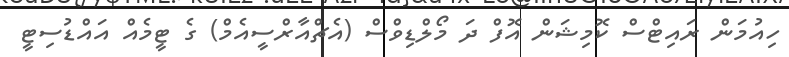
ހިއުމަން ރައިޓްސް ކޮމިޝަން އޮފް ދަ މޯލްޑިވްސް (އެޗްއާރްސީއެމް) ގެ ޓީމެއް އައްޑުސިޓީ